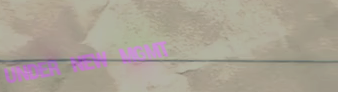
UNDER NEW MGMT